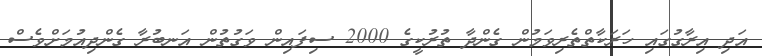
އަދި އިރާގުގައި ހަރަކާތްތެރިވަމުން ގެންދާ ތުރުކީގެ 2000 ސިފައިން ވަގުތުން އަނބުރާ ގެންދިއުމަށްވެސް